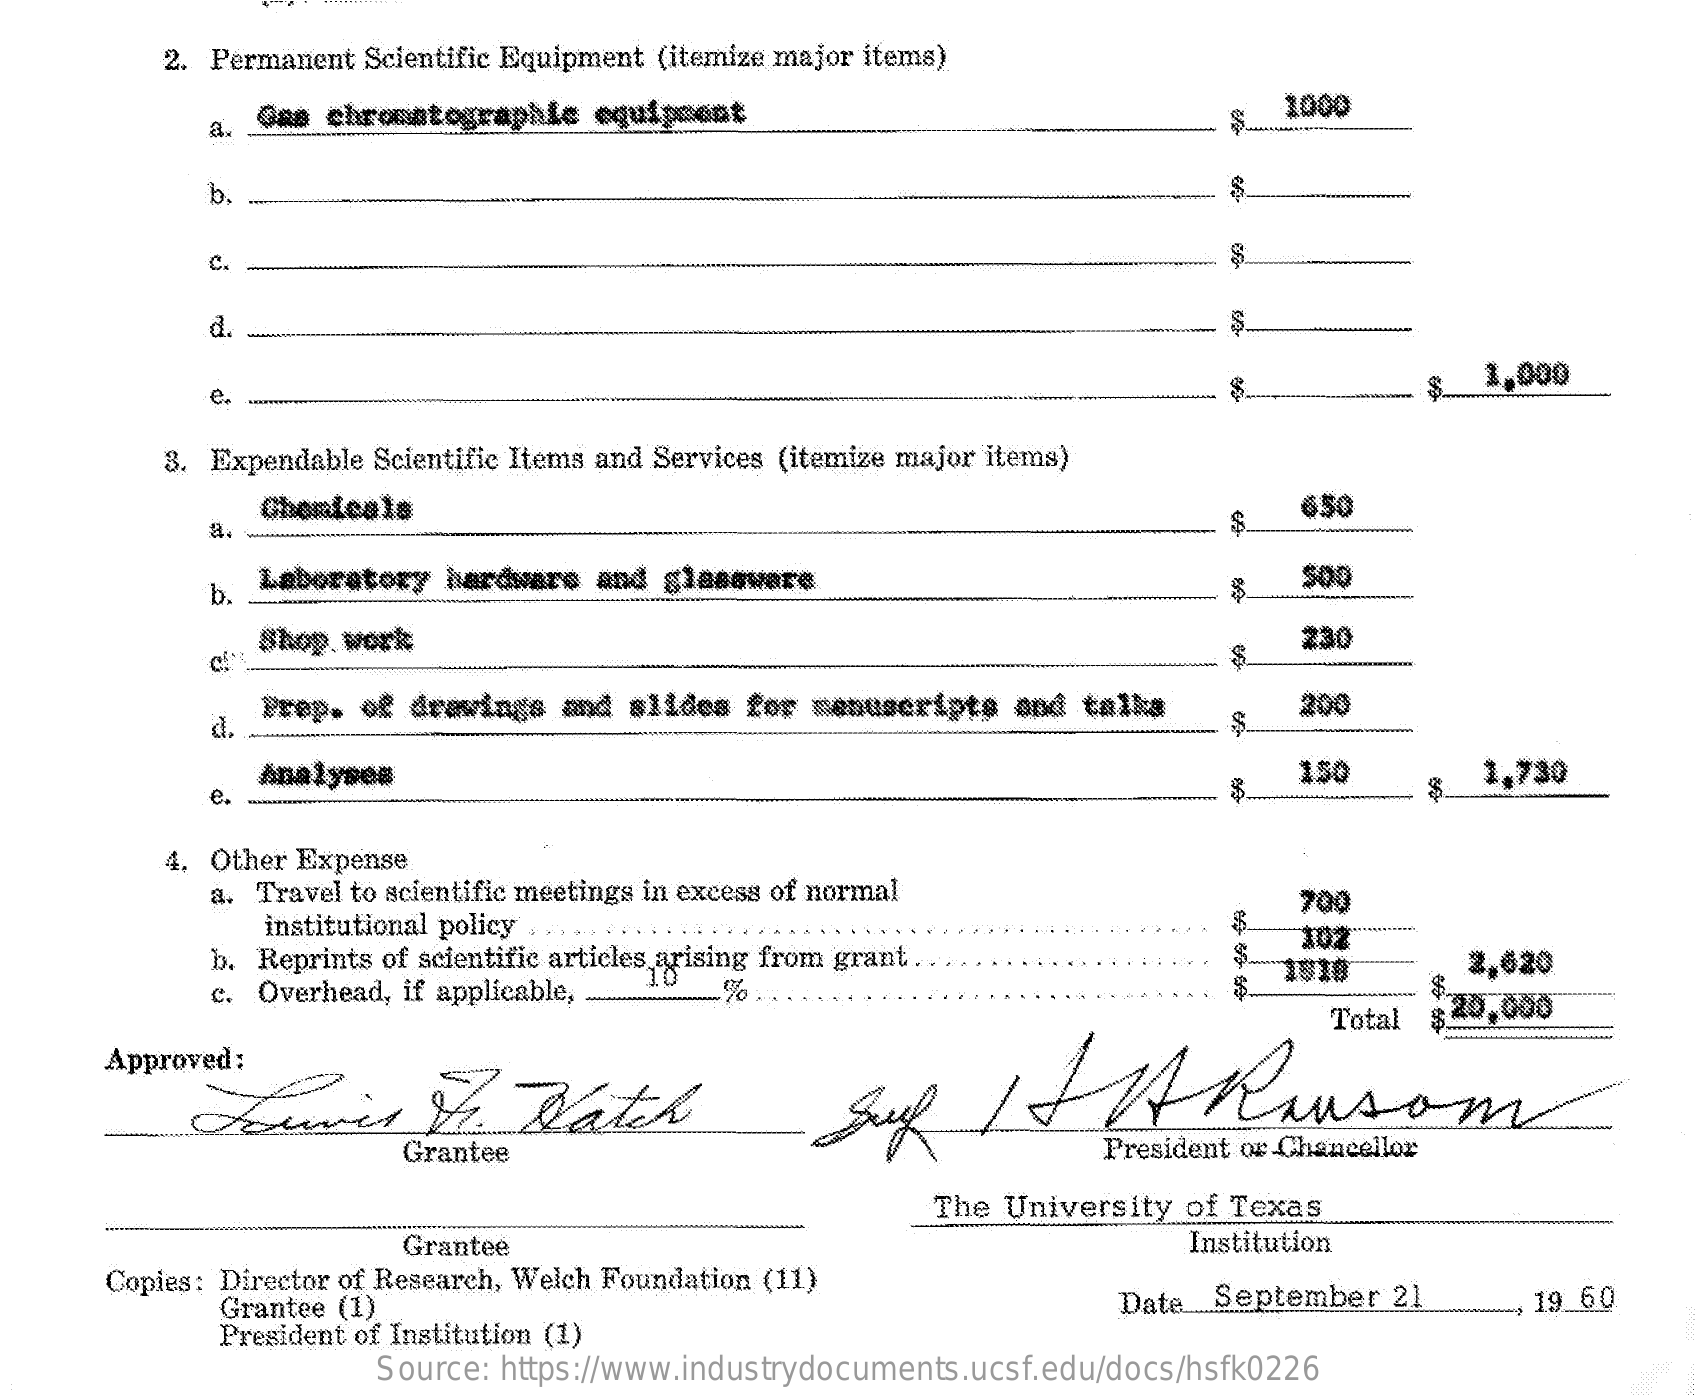
2. Permanent Scientific Equipment (itemize major items)
     a.  Gas chromatographie equipment    1000
     b.
     C.    S
     d.
     $  1,000
     3. Expendable Scientific Items and Services (itemize major items)
     Chemicals    650
     a.
     b. Laboratory  hardware and  glasswere    500
     Shop.work
     c!    $
     230
     d.
     Prep. of drawings and slides  for menuscripts  and talks    200
     Analyses    150    1,730
     e.
     4. Other Expense
     a. Travel to scientific meetings in excess of normal
     institutional policy
     700
     b. Reprints of scientific articles arising from grant.
     102
     c. Overhead, if applicable,    % ..
     1810    2,620
     Total $40,000
     Approved:
     Suf    It    HA    Ransom
     Grantee    President or Chancellor
     The University of Texas
     Grantee    Institution
     Copies: Director of Research, Welch Foundation (11)
     Grantee (1)    Date  September  21    19 60
     President of Institution (1)
     Source: https://www.industrydocuments.ucsf.edu/docs/hsfk0226